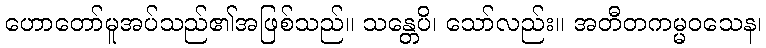
ဟောတော်မူအပ်သည်၏အဖြစ်သည်။ သန္တေပိ၊ သော်လည်း။ အတီတကမ္မဝသေန၊